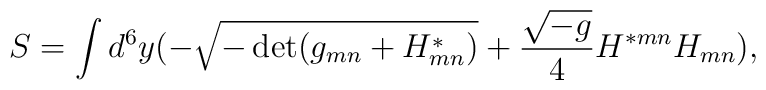
S=\int d^6 y (-\sqrt{-\det(g_{mn}+{H}^*_{mn})}+ {\sqrt{-g} \over 4}H^{*mn} H_{mn}),